Vital statistics of India. Vol. IV, Annual returns from 1871 to 1876. British Army of India, Native Army and jails of Bengal
Year: 1871
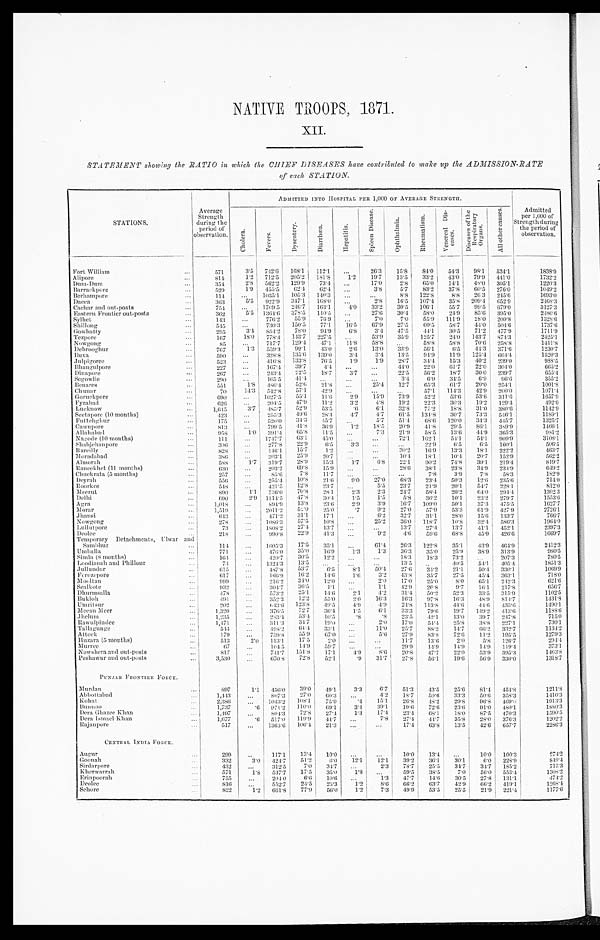
NATIVE TROOPS, 1871.
XII.
STATEMENT showing the RATIO in which the CHIEF DISEASES have contributed to make up the ADMISSION-RATE
of each STATION.
STATIONS.
observation.
Average
Strength
daring ng t
ot'
he
period
ADMITTED INTO HOSPITAL PER 1,000 Or AVERAGE STRENGTH.
Admitted
per 1,000 of
during
the period QC
observation.
Strength
Fort William
.• •
571
3'5
742'6
108'1
112'1
...
1
26'3
15'8
84'0 I
54'3
98'1
534'1
1838'9
A lipore
814
1'2
712'5
205'2
161'S
1'2
10'7
13'5
33'2 1
43'0
79'9
441'0
1732'2
Duns-Dula
•• •
354
2'8
062'2 I 120'9 I
73'4
...
17'0
2'3
65'0 ;
1.1. 1
48.0
305)1
1220'3
Bar ntel:pre
• • •
129
4-9
455.5 ;
02'4
62'4
3'8
5'7
83'2 1
37'8
00'5
270'0
1049'2
lierhampore
...
114
...
10311 I 105'3 1 140'3
...
• • •
8'8
122'8 1
8'8
20 3
215'6
1693'0
])aura
303
5'5
922-9 I 347'1
108'
...
2'8
16'5
107'4 I ;
35'8
209.4
652.9
2169'3
C achar and out-posts
• • •
75.1
.
I 7, :9 . 5
240'7 1 163'1
„
4'0
33'2
30'5
100'1 '
551
90.5
679'0
3127'3
Eastern Frontier out-posts
...
362
1301'6
378'5 1 11005
„.
27'0
30'4
09'0 !
24'9
85'0
393'0
2480'6
Sylltet
• • •
143
776.2
55'07119
...
7'0
7'0
51.9
111'9
28'0
209'8
1328'0
Shillong
• • •
5-15
• -
730'3
150'5 I
77'1
10'5 I
67'9
27'5
00'5
58'7
4-1'0
5046
17376
(1owlially
295
3'4
854'2 1
78'0 ,
01'))
6'8
3.4
47'5 j
44'1
30'5
71'2
477'9
1711'9
Tczporu
107
18'0
778'4
113'7 1 227'5
...
53'9
35'9
125'7
2.1.0
113'7
874'3
2121'1
Nowgong
85
..•
717'7 , 129'4 ;
47'1
11'8
18'8
...
53'8
53'8
70'6
258'8
1411'8
DebroogItur
• • •
707
1'3
5591 1
99'1
4:3'0
2'6
13'0
3:3.9
56'1
6.5
44'3
371'0
1230'7
Pula
590
-
328'8 1 135'6
139'0
3.4
3'4
13'5
94'11
11'9
125,1
6014
1520'3
,1 al pigoree
523
• • •
416.8 ; 133'8
70'1
1'9
1'9
28'7
34'4
153
40'2
239'0
988'5
1311ang111 1)0re.
-
227
107'4 I
391
4-1'0
22'0
61.7
220
301'0
665'2
Dinapore
•••
207
. • .
213'4 I
:2 2' 1
15'7
3'7
...
22'5
16'2 1
18'7
30 0
239'7
655'4
Segowlie
290
...
165.5 1
41'4 1 .„
52'0
•
.• •
3'4
0'9
3.1.5
0'9
06'6
355'2
Dena re's
• • •
151
1'8
486'4 1
i
21'8
14'3
571
...
25'4
12'7
65.3
61'7
20'0
42'9
25P1
1001'8
1071'4
(311 tn., r
. • .
70
5 P) . 8 I
I
42'9
...
•• •
...
57.1
114'3
200.0
Gomel:pore
-
0110
•..
1027.5 ,
11'1 1
11'6
I
2'9
15'9
73'9
52'2
53'0 I
5:313
311'0
1617'9
Vyzahad
• • •
020
• -
304'5
• 7' 9 ,
11"2
3'2
4'8
19'2
22'3
30'3
11) 2
120'4
402'0
Luelinow
...
1,015
3'7
485'7
12.11 ;
53'5
.6
6'1
32'8
77'2
18'8
1
31'0
380'6
1142'0
Seel apore (10 months)
• • •
;123
...
255.3
49'11 1
28.4
4'7
4'7
61'5
13;1'3
30'7
73'3
510'1
1189'1
Futtelightir
.• •
171
...
520'0
31.3 1
45'
...
5'7
51'4 1
68'6
120'0
34'3
411'7 1
1325'7
Ca wnpore
813
...
799'5
418
36'9
1'2
18-5
20.9 1
41'8
2161
86'1
389'9 1
1460'1
1111altallad
...
058
1'0
39141
05'8
11'5
...
j
7'3
21'9 1
58'5
13'6
44'9
305.3 1
081.2
Nit,oile (10 months)
• • •
111
17171
63'1 1
41'0
...
...
i 102'1
54'1
54'1
0001) ,
3108'1
Shaltichanpore
...
:100
• • •
'17'8
2=1) i
6'5
3'3
...
...
22'0
6-5
6'5
1604
506'5
Dareilly
823
146'1 ,
11.7 ;
1'2
...
-
30'2
16.9
13'3
13'1
222'2
463'7
:VI oradahad
386
..
303'1 ;
:= 19 j
2)1'7
...
•• •
10*4
18.1 I
10'4
20'7
152'9
562.2
Alnlorali
58S
11
319'7 j
28 .9 1
11'3
1'7
0'8
22'1
00'2
74'8
39*1
219'4
819'7
1:aneekhet (11 months)
• -
030
...
203'2 I
69'8 j
119
•••
28'6
33'1
23'8
3-1:9
23 I .0
049'2
(21110 . 13ratit (5 months)`,17
•••
85.0 1
7'8 1
11'7
...
...
7'8
31)
7'8
58-3
182'0
Deyralt
• -
556
...
915'4 I
10'8 I
21'6
0'0
27'0
683
23'4
50'3
12'6
231'6
71.1-0
floork cc
• • •
548
...
421'5 1
12' 8
23'7
...
5'5
2:3'7
21'9
20'1
54'7
I
228.1
812'0
:NI eeritt
890
1'1
7:36'0 1
70'8
28'1
2'3
2'3
24'7 1
58'4
20'2
64'0
294'4
1302 3
Delhi
690
2'9
1114'5 I
47' 8
39'4
1'5 ,
1'5
1.8 1
36'2
10'1
23'2
279'7
1513'0
Agra
. • •
1,018
...
891'0I
13'8
23'0
2'9 I
3'9
10'7 1 109'0
50'1
37'3
471'5
1027'7
AI orar
1,1111
2011'2 I
9,10
25'0
'7 1
9'2
27'0 j
57'9
53'3
61'9
427'9
2726'1
.11tansi
613
...
471'2
31'1
17'1
...
6'2 I
321 ,
31'1
28'0
15'0
1337
766'7
Nowg'o1ig
278
1086'3
57'5
10'8
...
25'2 j
10*0 ,
1 18 . 7
10.8
32.1
556.3
1961'0
101110 pore
•..
73
...
1808'2
27'4
13•7
...
...
i
13'7 i
27'4
13'7
41'1
452'1.
2397':3
Deolee
• • •
218
990'8
22.9
41'3
...
9'2 1
4'6
59'0
68'8
45'9
426'6
1669'7
Temporary Detachment S, Ulwar and
1
Siinililuir
•..
11 1
• ..
1605'3
17.5
35'1
,..
61'41
26'3
122'8
35'1
43'9
461.9
2412'3
17111h:ilia
771
...
476'0
35.))
10'9
1'3
13 I
36'3
35'0
21'3)
38'9
313'9
980'5
Simla (8 months)
Loodiattall and Phillour
161
74
420-7 1
:30'1
12'2
...
13'34'3
13'5
.
1
. ..
...
...
18'3
13.3
-
33'5
..
73'2
40'5
...
5P1
207'3
405'4
7805
1851'3
Jullundur
615
0
487'8
53.7
'5
8'1
50'4
27'0
31'2
21'1
50'4 I 330-1
1069'9
1.',..rozepore
(37
...
160'1)
10.2
14'6
1'6
3'2
43'8
31'7
27'5
45'4 i 303'1
718'0
3110,11:111
999
...
216.2
34'))
12'0
...
2'0
17'0
25.0
8'0
65'1
212-3
621*0
Sealbote
•
932
...
301'7 ;
36.5
1'1
...
1'1
92•0
20.8
91
10-1
217'8
056'7
DIttirmsalla
...
478
...
57:3-, 1
25'1
14'0
2'1
4'2
31,1 i
50'2
52'3
3:3'5
315'9
1102'5
110141,11
...
491.
...
312-2 '
12 . 2
55'0
2'0
16'3
16'3
97.8 I
16'3
48'9
81-1'7
1431'3
Utoritsur
202
...
6;13'6 , 123'8
49'5
4'9
-1'9
24'8
113'8 1
•4-6
446
435'6
1490'1
313,111 Meer
...
1,320
...
376.5 1
72'7
36'1
1'5
6'1 I
83'3
70'0 I
19'7
149'2
413'6
1153'6
Jhelum
1,-,35
283.4
53'4
10.1
'8
'8
23'5
42'1 1
13'0
39'7
247'8
715'0
IZawillpindee
...
1,171
311.3
3-1'7 j
19-0
...
2-0
17'0
51-'4
25'8
38'8
227'1
730-1
Tallre..:-inii.T
...
114
• • •
4115-2
64'4
3:3'1
...
11'0 1
25-7
88'2
141
66'2
332'7
1134'2
Attoel,
...
179
...
759 '9
55.9
67'0
5'0 1
27'9
83.3
72'6 I
11'2
195'5
1279'3
I I itzara (5 mouths)
''•
513
2*(1)
113.1 1
17'1
...
11-7
13'6
2'0
5'8
1261
294,1
RI tirree
...
6
10.1 5
14'9
59'7
...
...
29'9
1-1'9
14'9
1-1'9
119'4
373'1
Nowshera :0111 out-post S
...
817
• -
7117
151'8
17'1
4'9
8.6 i
20'8
•7'7
22'0
53'9
395'3
1463-8
Peshawar and out-posts
...
3,53
•••
670'8
72.8
12-1
'9
31'7
27-8
56'1
19'6
56-9
330'0
1315-7
PUNJAB FRONTIER FORCE.
AIIIIA:111
...
897
1'1
450-0 1
39'0
-19'1
3'3
6'7
51'3
43'5
25'6
S1'.1
451'8
1211'8
Abbot tithad
...
1,443
...
907.3
27'0
60.3
...
4-'2
18'7
50-6
33'3
50'0
359'3
1-110-3
I: ohat
2 ,380
...
101:1'2
103'1
75-9
'4
11'1 j
26-8
4S'2 j
29'8 1
90 • 8
4690
1913'3
Itutoloo
1,7:17
•6
971-2
1100
69.1
3,1
39-1
19'0
72-6
23'0
91'0
480'1
1380'3
Dora (;teaser 11111111
1,107
...
SO 1'3 I
72'S
27'4
1'3
17'1
23,1
68'1 i
18'0
87'5
470'3
1590-1
Dora Ismael 1:11an
'•'
1,1177
'6
517 . 0
119'9
44.7
...
7'8
27,1
441
35'8
23'0
376'3
1202'2
Raj:011)0re
517
...
1363'6
106'4
21'3
...
...
17,1
6:3'S
13'5 I
-12'0
017'7
2256'3
CENrtist, INDIA FoticE.
Augur
...
299
117.1
13'4
10'0
..;
...
..
10'0
13,1
...
10'0
100'3
271-'2
Goonalt
332
3'0
•211
51'2
0'))
121
12'1 j
392
36'1
30'1
6'0
228'9
8-19-1
Sirilarpore...
.1:32
...
312'5
7'0
.367 ...
2'3
78'7
25'5
3-1'7 1
3-1'7
135'2
715'3
1: herwarrah
...
171
rs
537';
17'1
350
1'3
...
59'5
38'5
7'0 j
56'0
553 ,1
1305'2
Erin pooralt
755
...
2010
(',O
10'6
„,
1'3 ,
471
14'6
30'5
27'8
131'1
474'2
Deolee
816
...
552'7
24'5
23'3
1'2 i
8.0 1
66-2
63'7
42'9 ;
66-2
410-1
1265'1
Seliore
822
1'2
661'8
77'9
56'0
1'2
7.13 1
49'9
53'5
25'5 1
21'9
221-4
1177.6